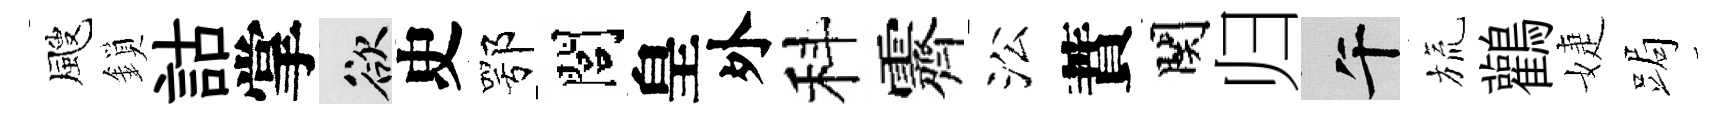
颼鎖詁掌欲史鄂閭皇外科霽㳂蕡関归午旒鸛婕跼